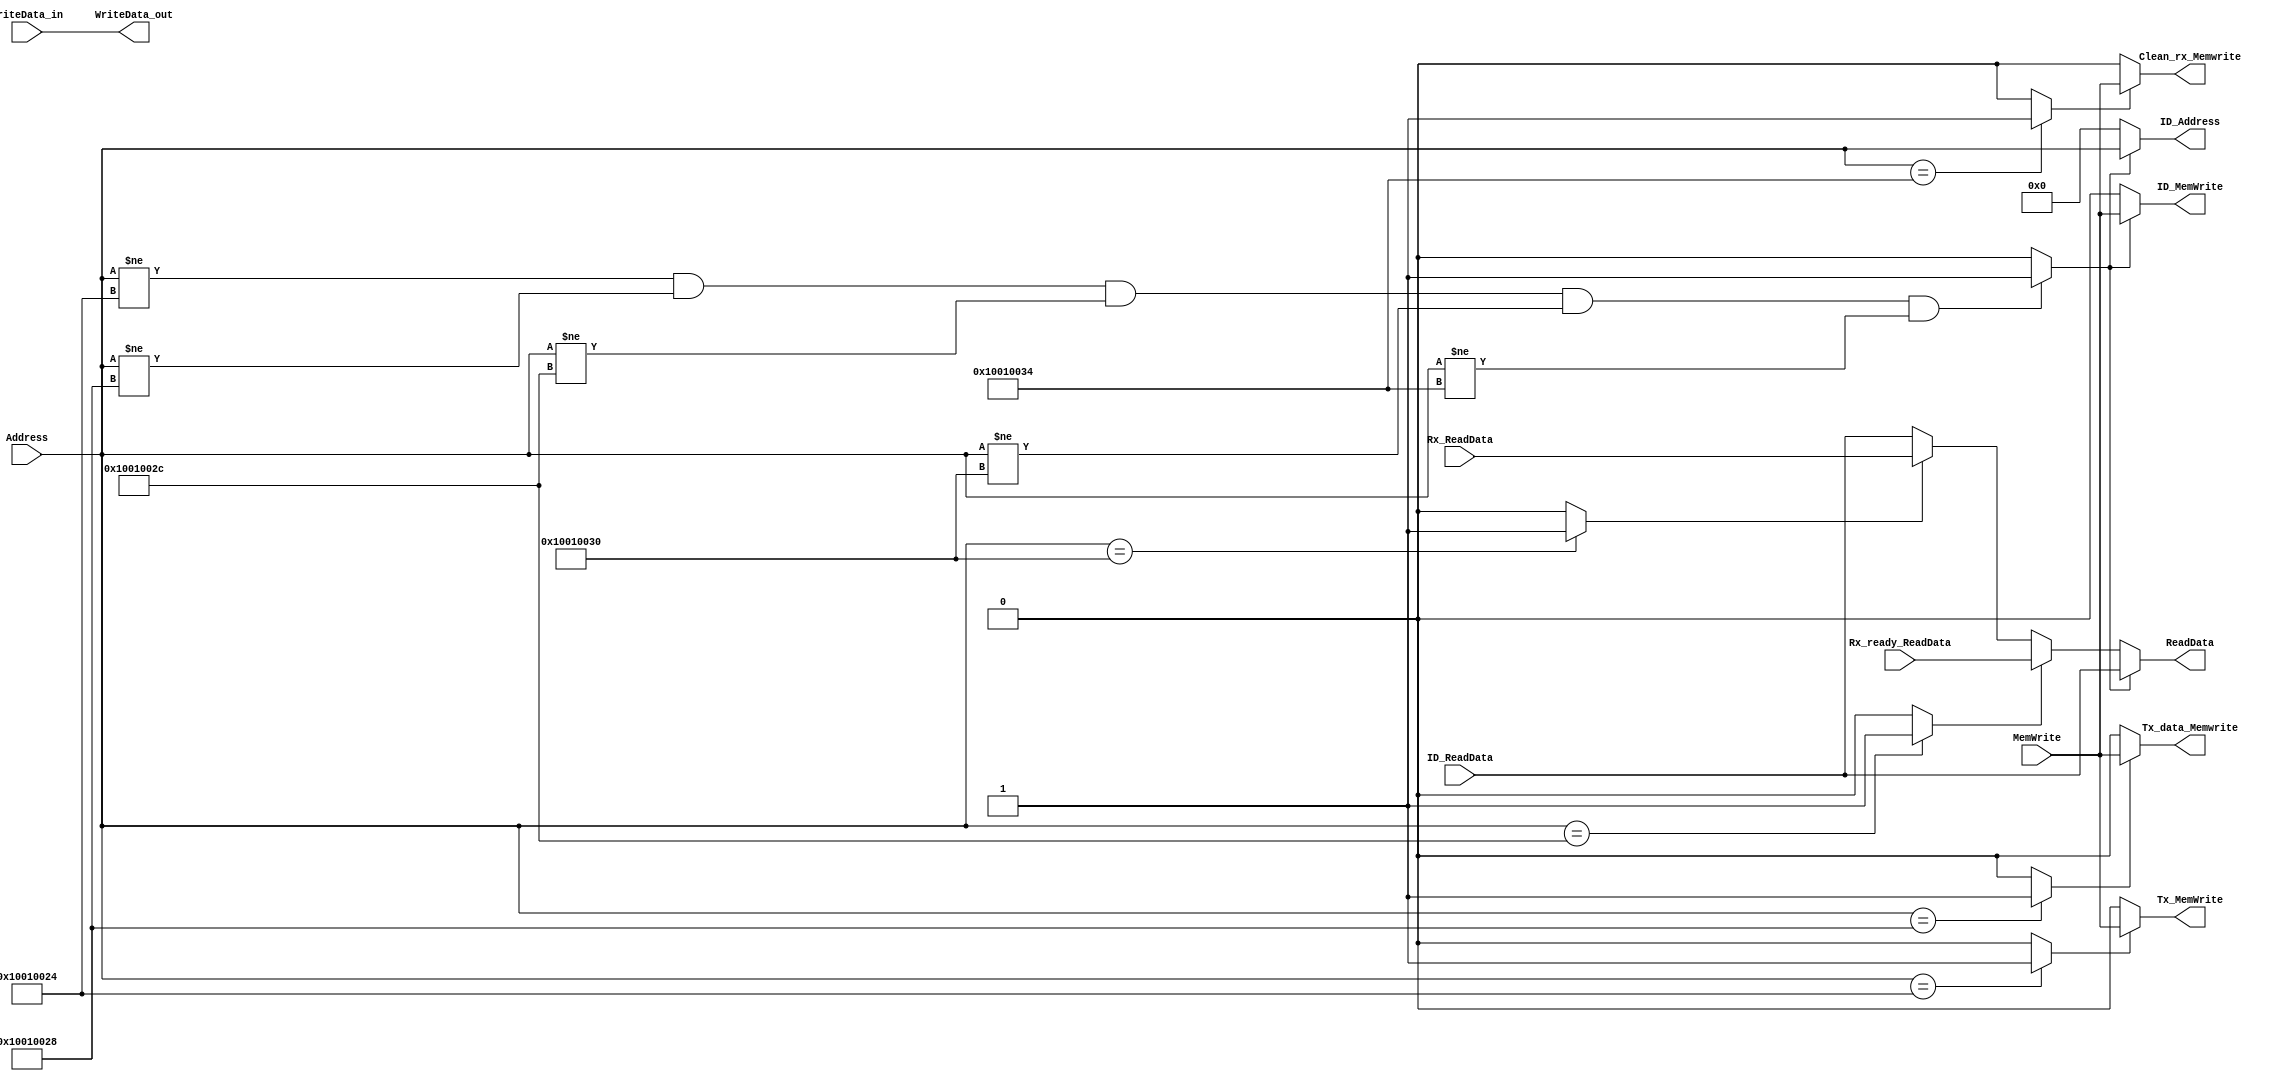
module MemControl
#(
	parameter DATA_WIDTH=32
)
(


	//CORE Interface
	input [(DATA_WIDTH-1):0] Address,
	input [(DATA_WIDTH-1):0] WriteData_in,
	input MemWrite,

	output [(DATA_WIDTH-1):0] ReadData,
	
	//ID MEM Interface
	output [(DATA_WIDTH-1):0]ID_Address,
	output [(DATA_WIDTH-1):0]WriteData_out,
	output ID_MemWrite,
	output Tx_MemWrite,
	output Tx_data_Memwrite,
	output Clean_rx_Memwrite,
	
	input [(DATA_WIDTH-1):0]ID_ReadData,
	input [(DATA_WIDTH-1):0]Rx_ReadData,
	input [(DATA_WIDTH-1):0]Rx_ready_ReadData
	
	/*
	//GPIO Interface
	//output [(DATA_WIDTH-1):0]GPIO_Address,
	output [(DATA_WIDTH-1):0]GPIO_WriteData,
	output GPIO_MemWrite,
	input [(DATA_WIDTH-1):0]GPIO_ReadData
	*/
	
);
//localparam GPIO_IN_ADDR   = 32'h10010028;
//localparam GPIO_OUT_ADDR  = 32'h10010024;
localparam TX_ADDR          = 32'h10010024;
localparam TX_DATA_ADDR     = 32'h10010028;
localparam RX_READY_ADDR    = 32'h1001002C;
localparam RX_DATA_ADDR     = 32'h10010030;
localparam CLEAN_RX_ADDR    = 32'h10010034;


reg IdMem;
reg tx;
reg tx_data;
reg rx_ready;
reg rx_data;
reg clean_rx;
reg [31:0]ReadData_r;

always@(*) begin
  IdMem = ( (Address != TX_ADDR) & (Address != TX_DATA_ADDR) & (Address != RX_READY_ADDR) & (Address != RX_DATA_ADDR) & (Address != CLEAN_RX_ADDR) ) ? 1'b1 : 1'b0;
  tx = (Address == TX_ADDR) ? 1'b1 : 1'b0;
  tx_data =  (Address == TX_DATA_ADDR) ? 1'b1 : 1'b0;
  rx_ready = (Address == RX_READY_ADDR) ? 1'b1 : 1'b0;
  rx_data = (Address == RX_DATA_ADDR) ? 1'b1 : 1'b0;
  clean_rx = (Address == CLEAN_RX_ADDR) ? 1'b1 : 1'b0;
  if(IdMem)
	  ReadData_r = ID_ReadData;
  else if(rx_ready)
     ReadData_r = Rx_ready_ReadData;
  else if (rx_data)
	  ReadData_r = Rx_ReadData;
  else
     ReadData_r = ID_ReadData;
end
//ID_MEM
assign  ID_Address     = (IdMem) ? Address : 32'h0000_0000;
assign  WriteData_out      = WriteData_in ;
assign  ID_MemWrite    = (IdMem) ? MemWrite    : 1'b0;
//TX_ADDR
assign Tx_MemWrite = (tx) ? MemWrite : 1'b0;
//Tx_DATA
assign Tx_data_Memwrite = (tx_data) ? MemWrite: 1'b0;
//CLEAN_RX
assign Clean_rx_Memwrite = (clean_rx) ? MemWrite: 1'b0;
assign ReadData = ReadData_r;

//assign  GPIO_WriteData = WriteData;
//assign  GPIO_MemWrite  = (GPIO_or_IdMem)  ? MemWrite    : 1'b0;



endmodule